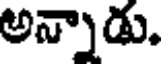
అన్నాడు.